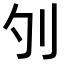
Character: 𠚭